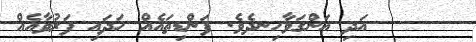
٢٧     އަދި އަންގަވާހިނދެވެ. ފަންޑިތައެއް ހަދައި ފަރުވާއެއް